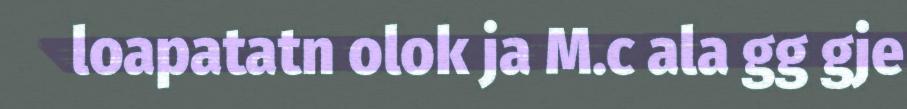
loapatatn olok ja M.c ala gg gje